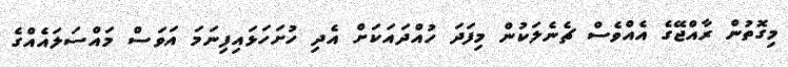
މިގޮތުން ރާއްޖޭގެ އެއްވެސް ޗެނެލަކުން މިފަދަ ހުއްދައަކަށް އެދި ހުށަހަޅައިފިނަމަ އަވަސް މައްސަލައެއްގެ